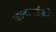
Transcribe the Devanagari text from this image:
जादासांको